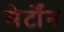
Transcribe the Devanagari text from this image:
मेर्टोंन